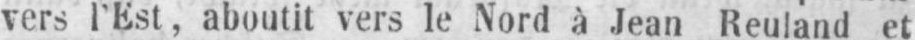
vers l’Est, aboutit vers le Nord à Jean Reuland et